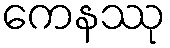
ကေနဿု